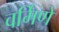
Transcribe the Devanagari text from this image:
वर्मिणे